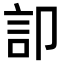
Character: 𮗷